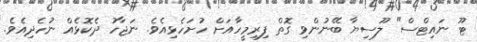
ޓޫ ނައިޓްސް" ލޫސިޔާ ބޭނުންވި ގޮތް ފިރިމީހާއަށް ހުށަހެޅިއެވެ. ނަޖާހު ދެކޮޅެއް ނުހެދިއެވެ.